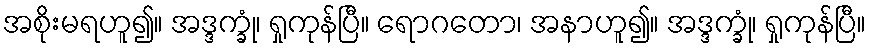
အစိုးမရဟူ၍။ အဒ္ဒက္ခုံ၊ ရှုကုန်ပြီ။ ရောဂတော၊ အနာဟူ၍။ အဒ္ဒက္ခုံ၊ ရှုကုန်ပြီ။